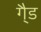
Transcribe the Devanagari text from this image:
गै्ड